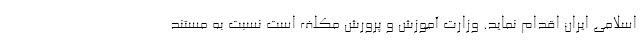
اسلامی ایران اقدام نماید. وزارت آموزش و پرورش مکلف است نسبت به مستند